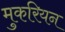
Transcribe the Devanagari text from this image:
मुकरियन